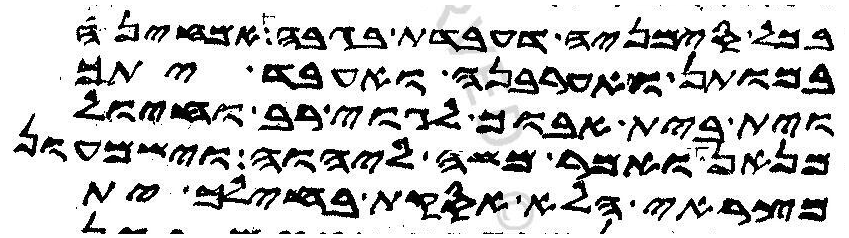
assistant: בכל סימניה דעבדת בגבה אמחינה
במותן ואערבנה ואעבד יתך
וית בית אבוך לגוי רב וחיול
מנאן ואמר משה ליהוה וישמעון
מצראי הלא אסקת בחילך ית